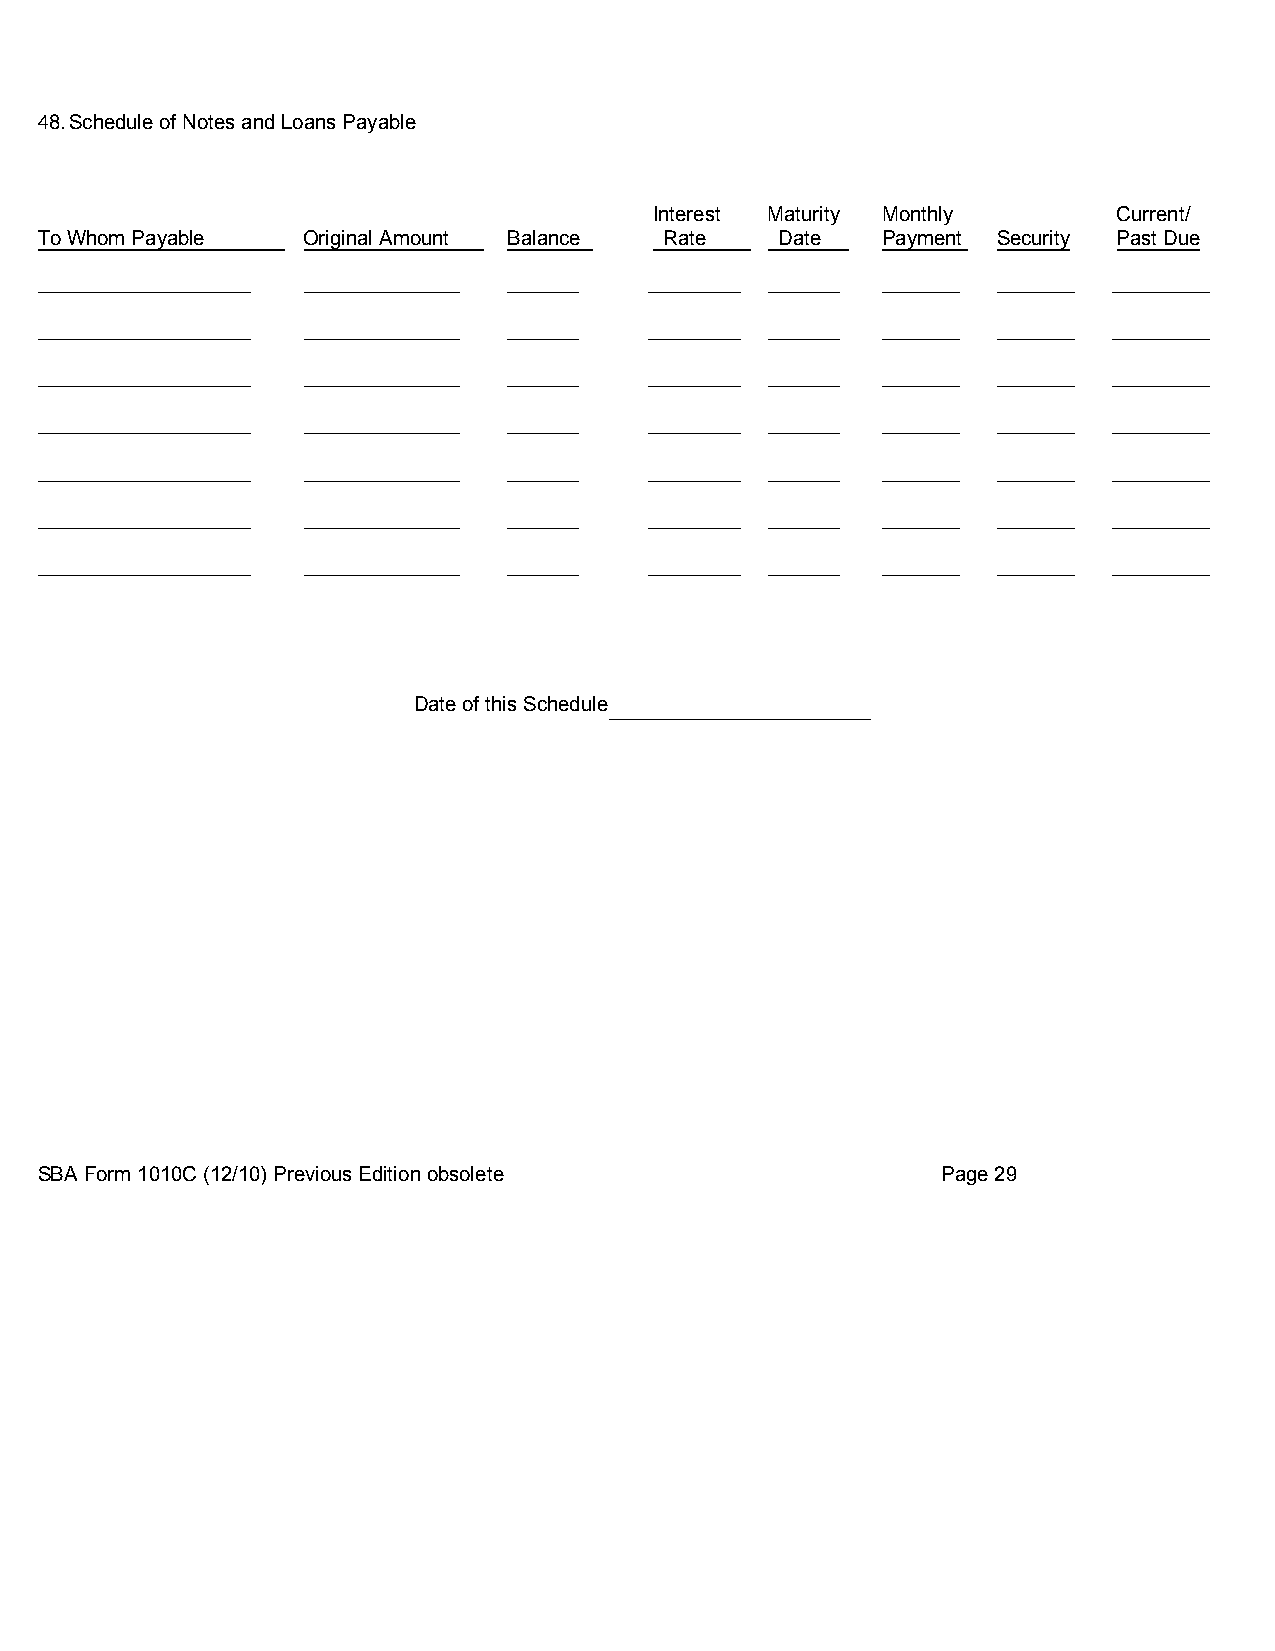
48.Schedule of Notes and Loans Payable
 Interest Maturity Monthly      Current/
 To Whom Payable   Original Amount Balance Rate    Date  Payment Security Past Due
 Date of this Schedule
 SBA Form 1010C (12/10) Previous Edition obsolete            Page 29